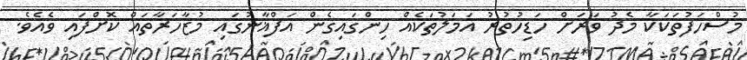
މުސްހަފުތަކަކާ މެދު ވަރަށް ހަޑިހުތުރު އަމަލުތަކެއް ހިންގައިގެން އަފްޣާނުގައި މުޒާހަރާތައް ކޮށްފައި ވެއެވެ.